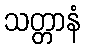
သတ္တာနံ